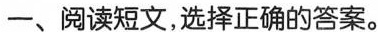
一、阅读短文，选择正确的答案。